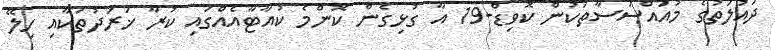
ދައުލަތުގެ މުއައްސަސާތަކުން ކޮވިޑް-19 އާ ގުޅިގެން ކޮންމެ ކުއާޓާއެއްގައި ކުރާ ޚަރަދުތަކާއި ހިލޭ